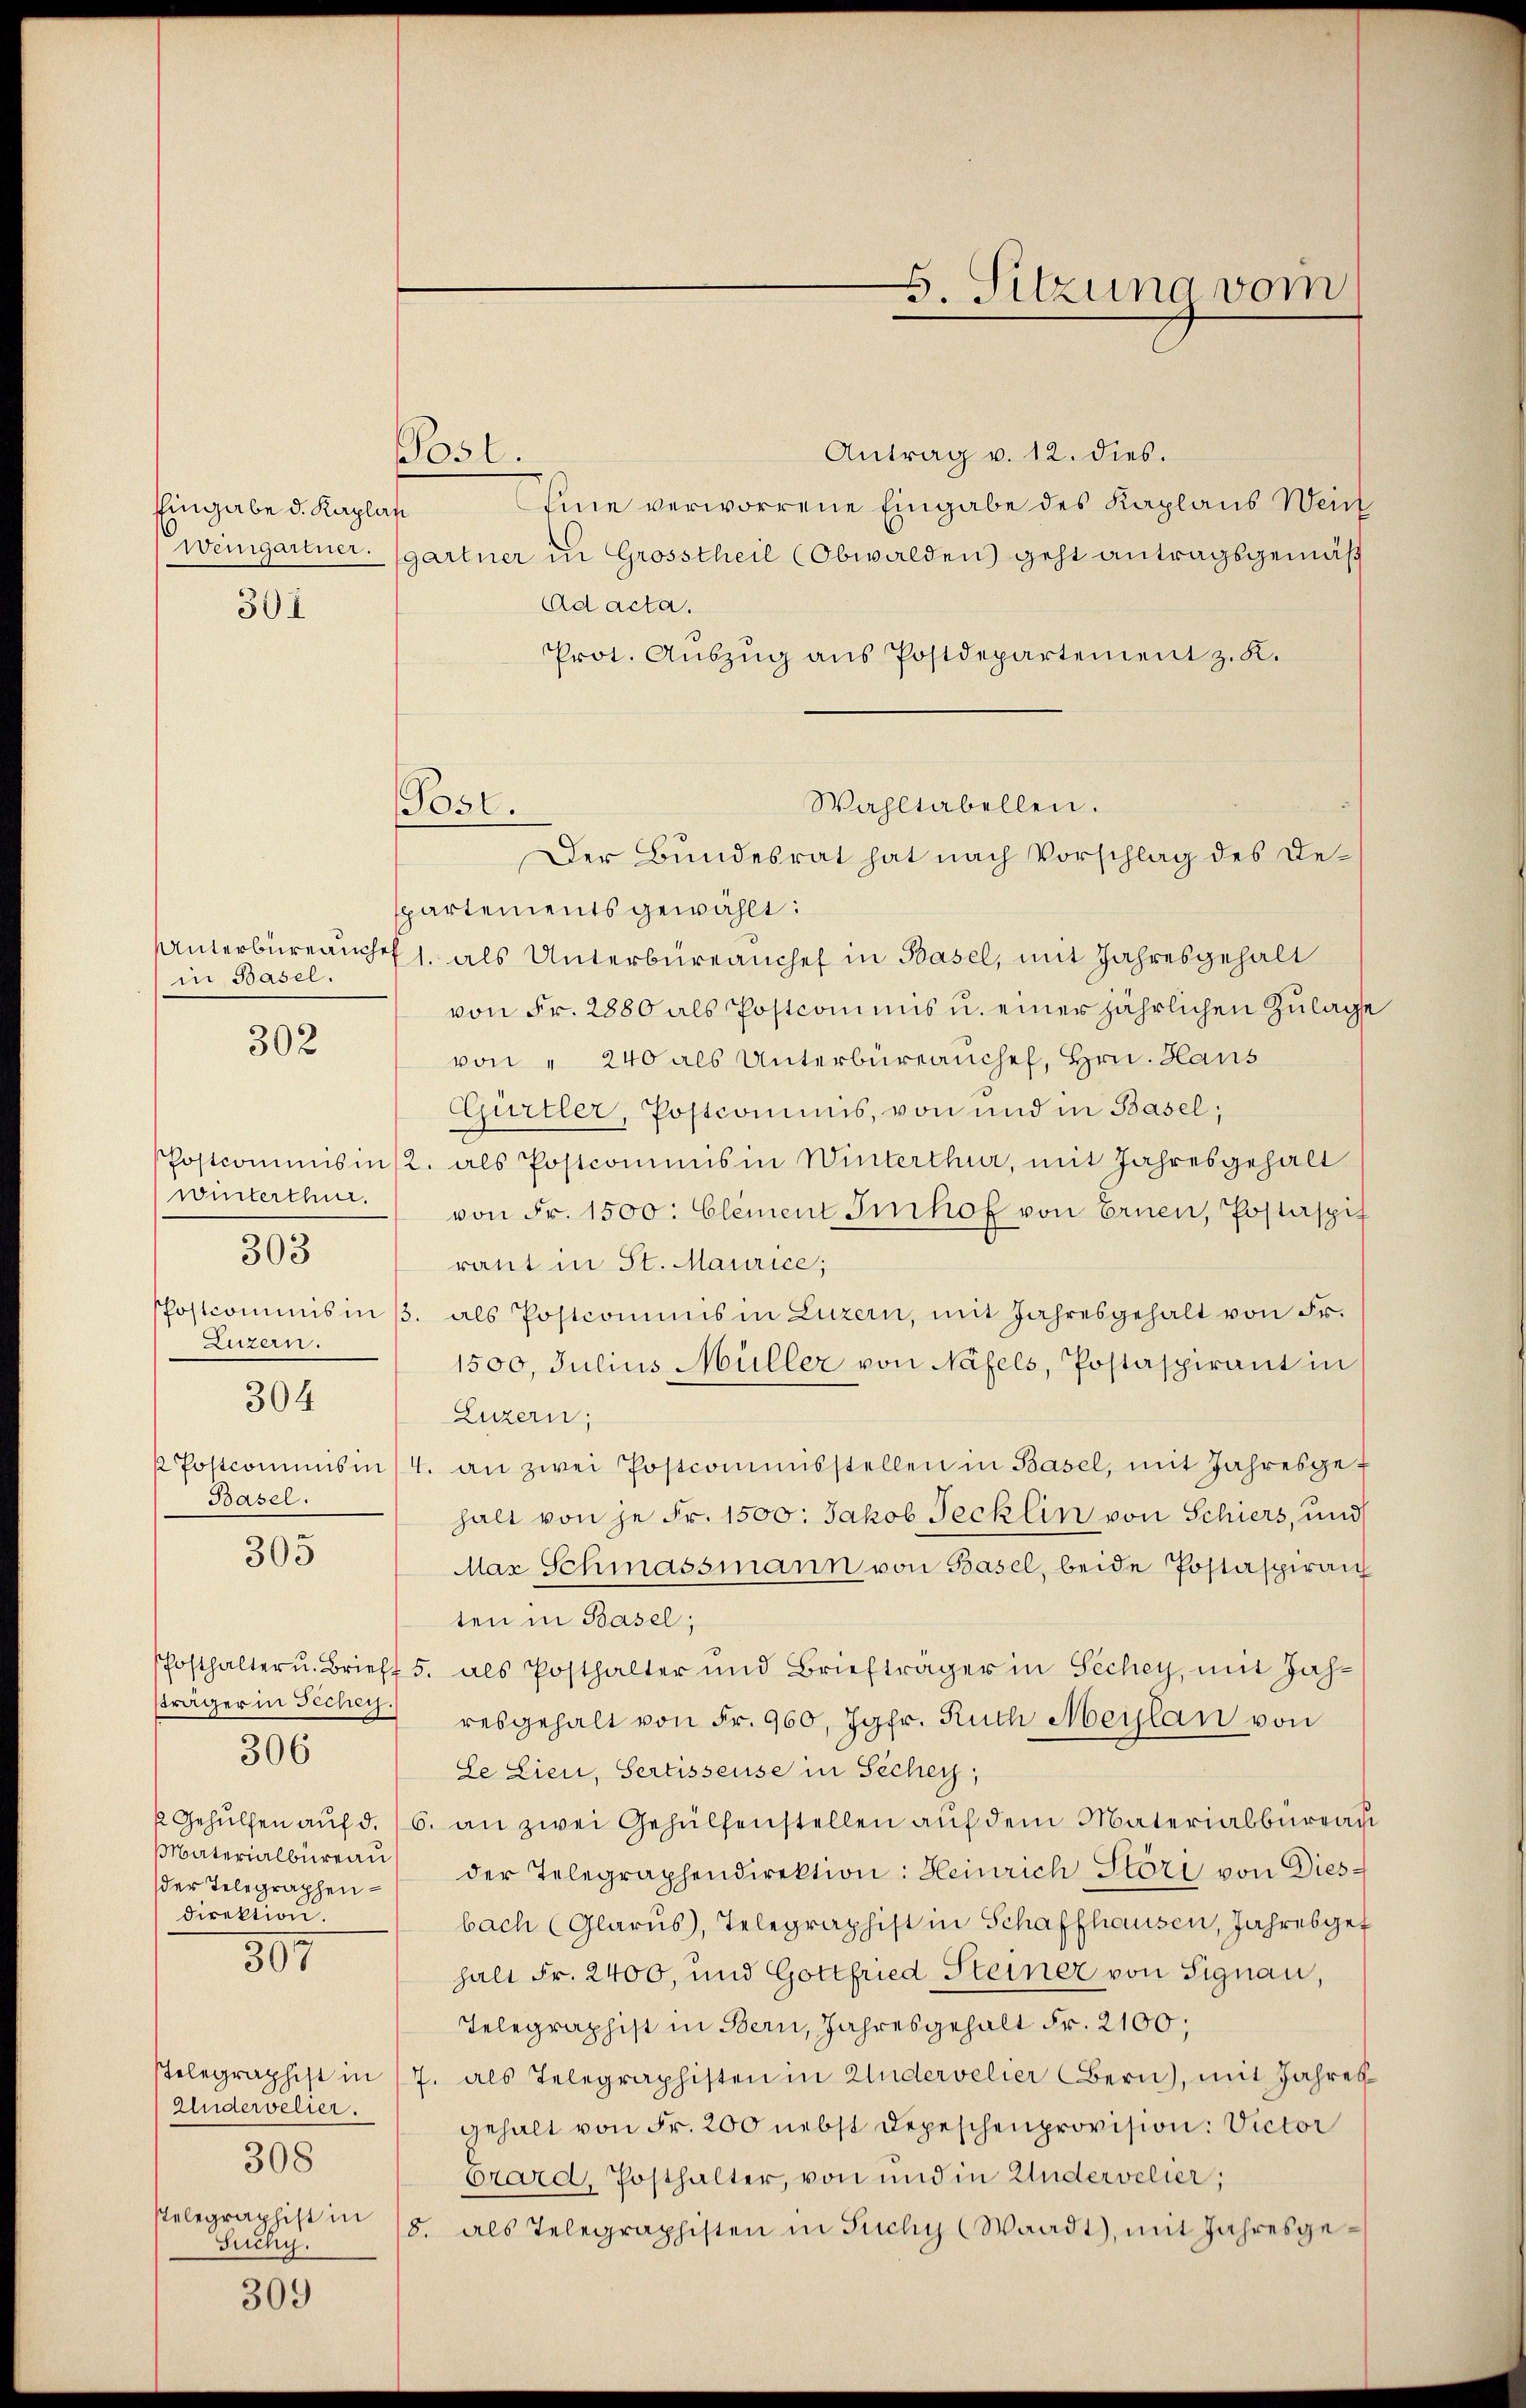
Eingabe d. Kaplan

301

in Basel.

302

winterthur.
Luzern.
304
Basel.

303

305

der Telegraphen-
direktion.
397

306

Aludervelier.
308
stelegraphist in
Guchy.

309

Antrag v. 12. dies.
Eine verworrene Eingabe des Kaplans Wein
Wweingartner. (gartner in Grosstheil (Obwalden) geht antragsgemäß
Ad acta.
Prot. Auszug aus Postdepartement z. K.
Wahltabellen.
Der Bundesrat hat nach Vorschlag des Despartements gewählt:
Unterbüreauch als Unterbüreanchef in Basel, mit Jahresgehalt
von Fr. 2880 als Postcommis u. einer jährlichen Zulage
von " 240 als Unterbüreanchef, Hrn. Haus
Gürtler, Postcommis, von und in Basel;
hostcommisins, als Postcommis in Winterthur, mit Jahresgehalt
von Fr. 1500: Clement Imhof von Ernen, Postaspit
raut in St. Maurice;
Phostcommisinβ. als Postcommis in Luzern, mit Jahresgehalt von Fr.
1500. Julius Müller von Näfels, Postaspirant in
Luzern;
k Postcomins in 14. an zwei Postcommisstellen in Basel, mit Jahresge-
halt von je Fr. 1500: Jakob Jecklin von Schiers, und
Mar Schmassmann von Basel, beide Postaspiran
ten in Basel;
hosthalter u. Brieff 5. als Posthalter und Briefträger in Sechey, mit Jah-
sträger in Siche resgehalt von Fr. 960, Jgfr. Ruch Meylan von
Le Lien, Sertisseuse in Sicher,
k Gehülfen auf d. 16. an zwei Gehülfenstellen auf dem Materialbureau
Materialbüreaŭ der Telegraphendirektion: Heinrich Stözi von Dies-
bach (Glarus, Telegraphist in Schaffhausen, Jahresgef
halt Fr. 2400, und Gottfried Steiner von Signau,
Telegraphist in Bern, Jahresgehalt Fr. 2100;
Telegraphist in 17. als Telegraphisten in Andervelier Bern), mit Jahres
gehalt von Fr. 200 nebst Depeschenprovision: Victor
brard, Posthalter, von und in Undervelier;
8. als Telegraphisten in Tuchy (Waadt, mit Jahresge¬

051.

Post.

5. Sitzung vom